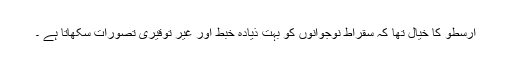
ارسطو کا خیال تھا کہ سقراط نوجوانوں کو بہت ذیادہ خبط اور غیر توقیری تصورات سکھاتا ہے ۔